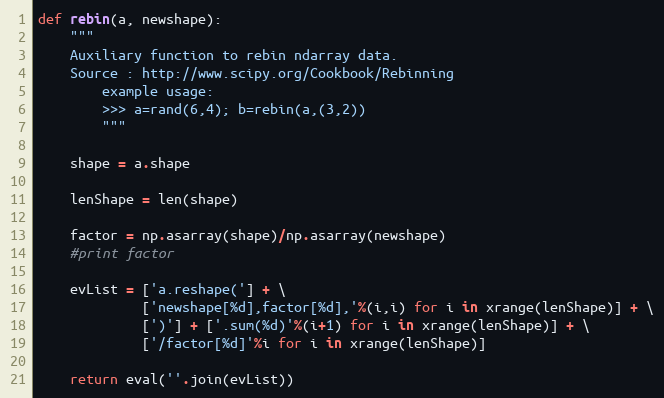
Language: Python
def rebin(a, newshape):
    """
    Auxiliary function to rebin ndarray data.
    Source : http://www.scipy.org/Cookbook/Rebinning
        example usage:
        >>> a=rand(6,4); b=rebin(a,(3,2))
        """

    shape = a.shape

    lenShape = len(shape)

    factor = np.asarray(shape)/np.asarray(newshape)
    #print factor

    evList = ['a.reshape('] + \
             ['newshape[%d],factor[%d],'%(i,i) for i in xrange(lenShape)] + \
             [')'] + ['.sum(%d)'%(i+1) for i in xrange(lenShape)] + \
             ['/factor[%d]'%i for i in xrange(lenShape)]

    return eval(''.join(evList))